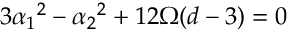
3 \alpha _ { 1 } { } ^ { 2 } - \alpha _ { 2 } { } ^ { 2 } + 1 2 \Omega ( d - 3 ) = 0